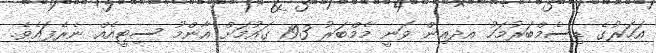
އަހަރުގެ ޑިސެމްބަރުމަހު އދއިން ވަނީ މެމްބަރު 193 ގައުމަށް އާންމު ސިޓީއެއް ނެރެފައެވެ.